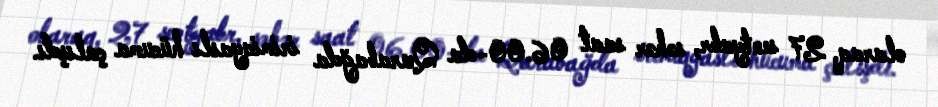
olaraq, 27 sentyabr, səhər saat 06.00-da Qarabağda irimiqyaslı hücuma çalışdı.